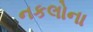
નકલોના